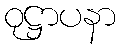
ဝုဋ္ဌာပနာ